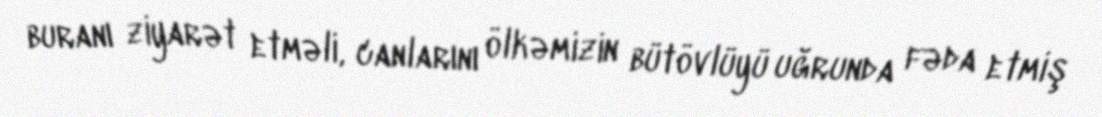
buranı ziyarət etməli, canlarını ölkəmizin bütövlüyü uğrunda fəda etmiş